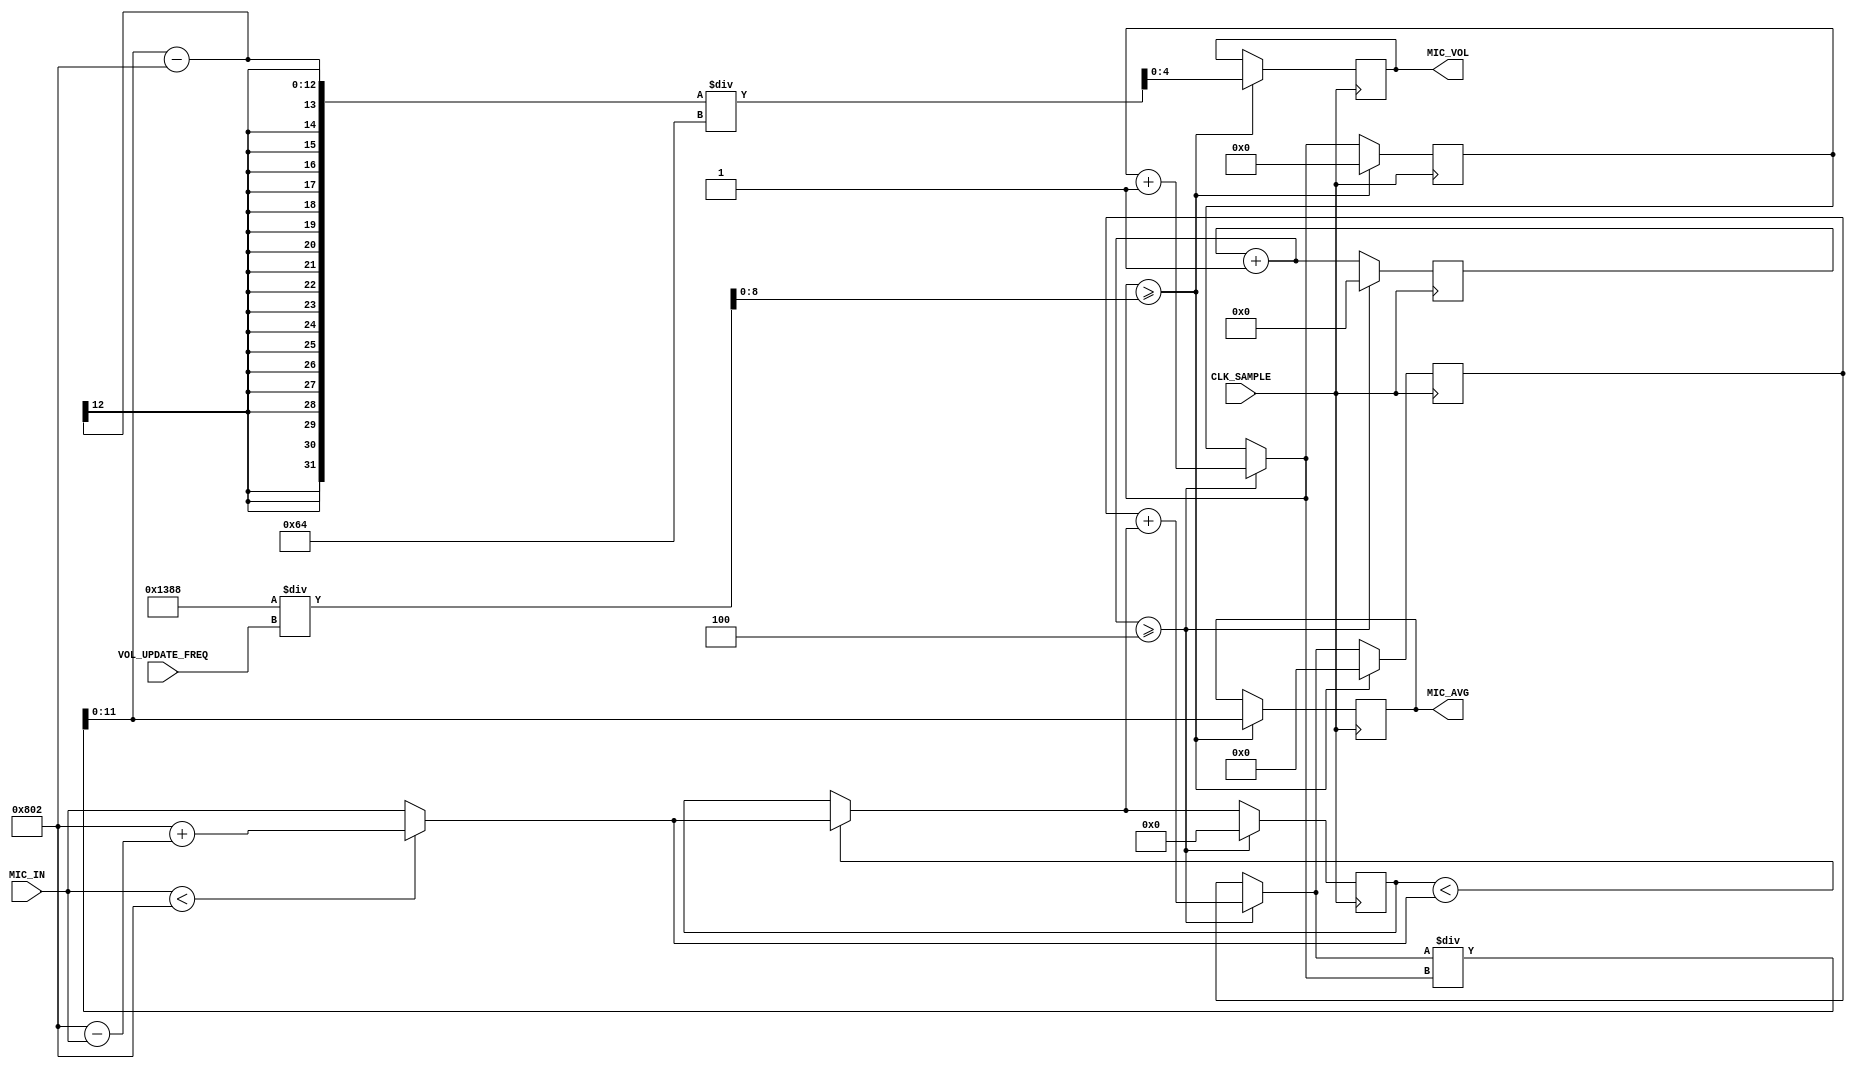
`timescale 1ns / 1ps
//////////////////////////////////////////////////////////////////////////////////
// Company: 
// Engineer: 
// 
// Design Name: 
// Module Name: Volume_Converter
// Project Name: 
// Target Devices: 
// Tool Versions: 
// Description: 
// 
// Dependencies: 
// 
// Revision:
// Revision 0.01 - File Created
// Additional Comments:
// 
//////////////////////////////////////////////////////////////////////////////////

module Volume_Converter(
    input CLK_SAMPLE,
    input [8:0] VOL_UPDATE_FREQ,
    input [11:0] MIC_IN,
    output reg [11:0] MIC_AVG = 0,
    output reg [4:0] MIC_VOL = 0
    );
    
    parameter MIC_SAMPLE_FREQ = 20000;
    parameter BIAS = 2050;
    parameter VOL_INTERVAL = 100;
    
    reg [3:0] num_samples = 0;
    wire [3:0] max_samples = 4;
    reg [8:0] num_peak_samples = 0;
    wire [8:0] max_peak_samples = (MIC_SAMPLE_FREQ / max_samples) / VOL_UPDATE_FREQ;
    
    reg [11:0] mic_tmp = 0;
    reg [11:0] mic_peak = 0;
    reg [31:0] mic_peak_sum = 0;
    
    always @ (posedge CLK_SAMPLE) begin
        /* AVERAGE OF PEAKS CALCULATION */     
        mic_tmp = (MIC_IN < BIAS) ? (BIAS + (BIAS - MIC_IN)) : MIC_IN;
        
        if (mic_peak < mic_tmp)
            mic_peak = mic_tmp;
        
        num_samples = num_samples + 1;
        
        // Add in peak value obtained.
        if (num_samples >= max_samples) begin
            mic_peak_sum = mic_peak_sum + mic_peak;
            num_peak_samples = num_peak_samples + 1;
            mic_peak = 0;
            num_samples = 0;
        end
        
        // Average sum of peak values to obtain volume.
        if (num_peak_samples >= max_peak_samples) begin
            MIC_AVG = mic_peak_sum / num_peak_samples;
            MIC_VOL = (MIC_AVG - BIAS) / VOL_INTERVAL;
            mic_peak_sum = 0;
            num_peak_samples = 0;
        end
    end
    
endmodule